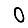
Digit: 0